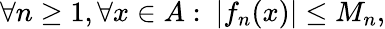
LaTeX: \forall n\geq 1,\forall x\in A:\ |f_{n}(x)|\leq M_{n},